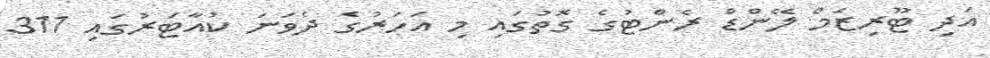
އަދި ޓޫރިޒަމް ލޭންޑް ރެންޓުގެ ގޮތުގައި މި އަހަރުގެ ދެވަނަ ކުއާޓަރުގައި 311